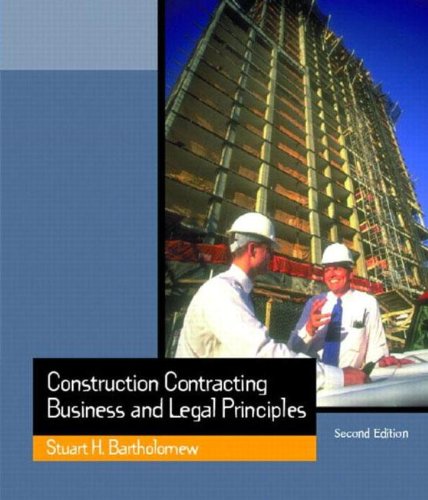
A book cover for Construction Contracting: Business and Legal Principles (2nd Edition); Stuart H. Bartholomew; Law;